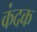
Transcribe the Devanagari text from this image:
कंदक